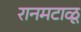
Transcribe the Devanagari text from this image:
रानमटाळू